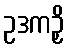
ဥဒကဉှိ